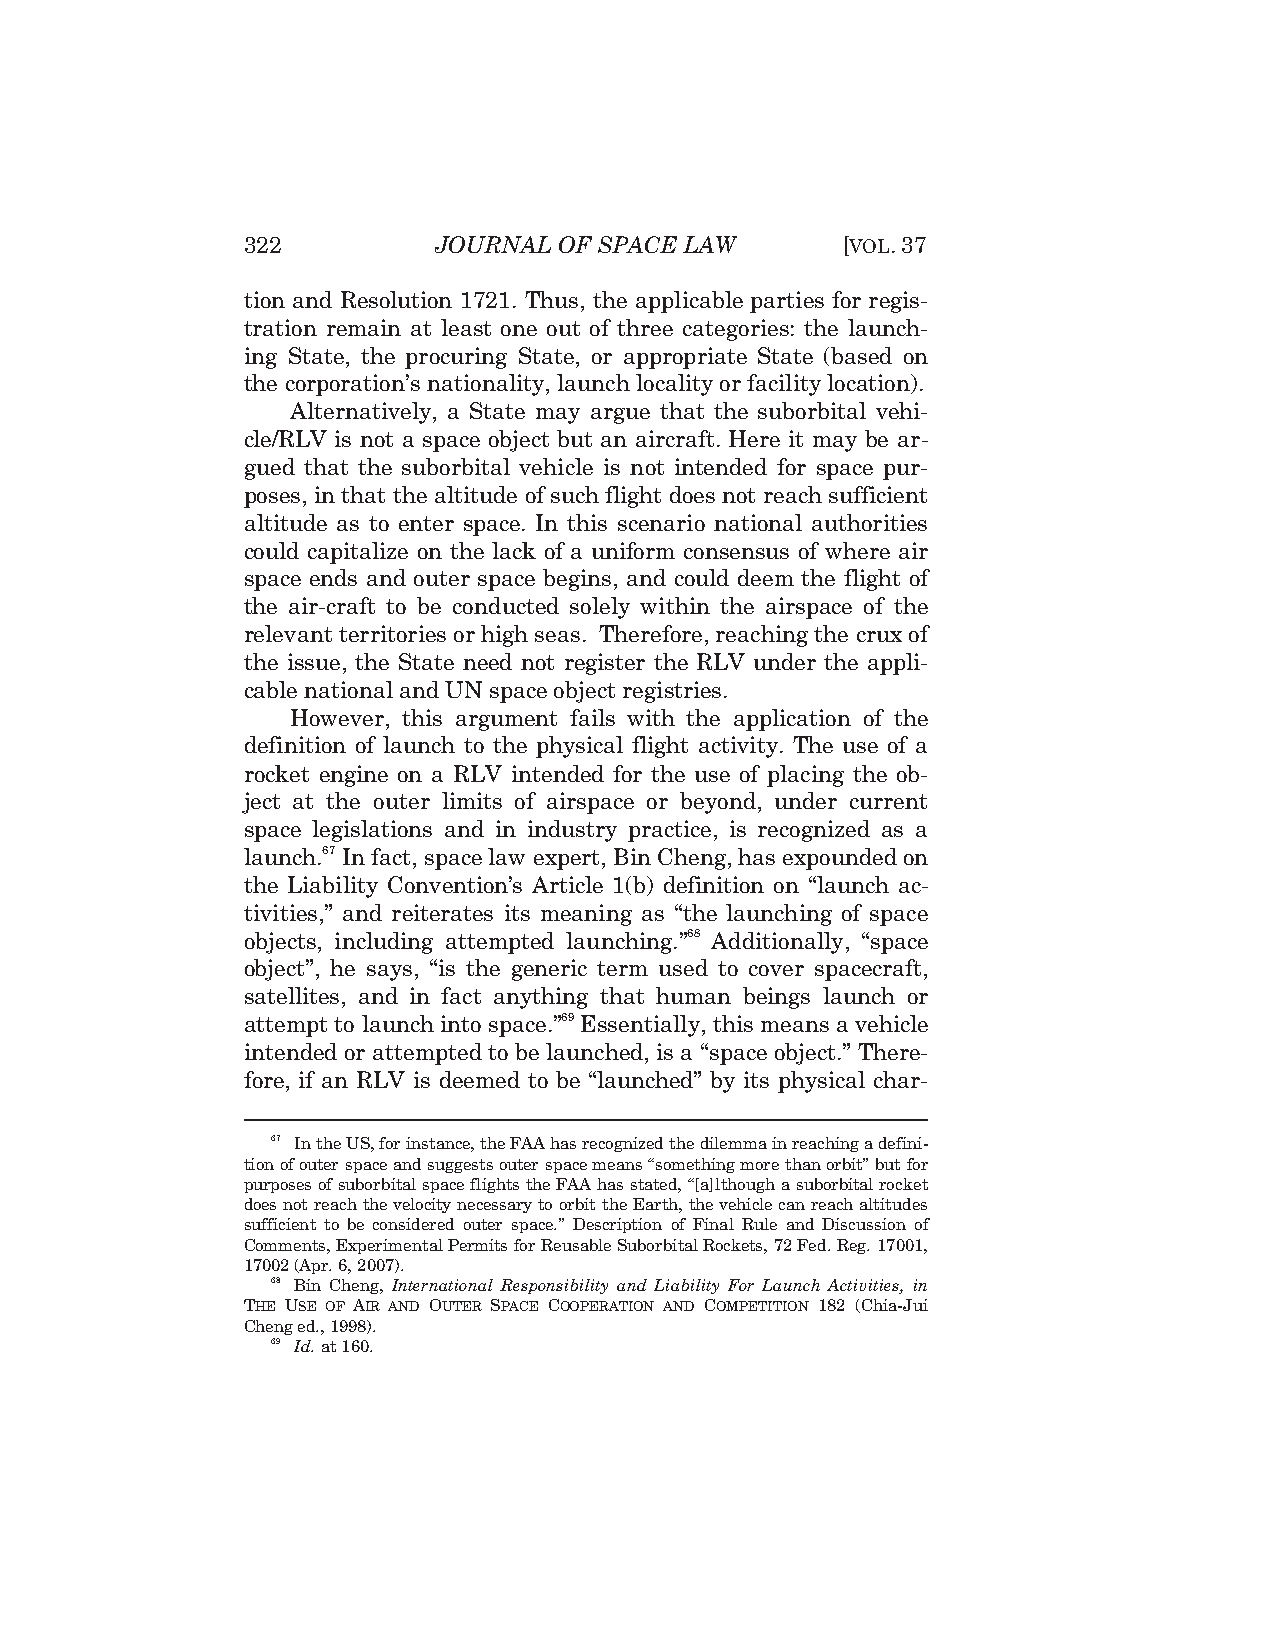
322          JOURNAL OF SPACE LAW       [VOL.37
 tion and Resolution 1721. Thus, the applicable parties for regis-
 tration remain at least one out of three categories: the launch-
 ing State, the procuring State, or appropriate State (based on
 the corporation’s nationality, launch locality or facility location).
 Alternatively, a State may argue that the suborbital vehi-
 cle/RLV is not a space object but an aircraft. Here it may be ar-
 gued that the suborbital vehicle is not intended for space pur-
 poses, in that the altitude of such flight does not reach sufficient
 altitude as to enter space. In this scenario national authorities
 could capitalize on the lack of a uniform consensus of where air
 space ends and outer space begins, and could deem the flight of
 the air-craft to be conducted solely within the airspace of the
 relevant territories or high seas. Therefore, reaching the crux of
 the issue, the State need not register the RLV under the appli-
 cable national and UN space object registries.
 However, this argument fails with the application of the
 definition of launch to the physical flight activity. The use of a
 rocket engine on a RLV intended for the use of placing the ob-
 ject at the outer limits of airspace or beyond, under current
 space legislations and in industry practice, is recognized as a
 launch.67 In fact, space law expert, Bin Cheng, has expounded on
 the Liability Convention’s Article 1(b) definition on “launch ac-
 tivities,” and reiterates its meaning as “the launching of space
 objects, including attempted launching.”68 Additionally, “space
 object”, he says, “is the generic term used to cover spacecraft,
 satellites, and in fact anything that human beings launch or
 attempt to launch into space.”69 Essentially, this means a vehicle
 intended or attempted to be launched, is a “space object.” There-
 fore, if an RLV is deemed to be “launched” by its physical char-
 67 In the US, for instance, the FAA has recognized the dilemma in reaching a defini-
 tion of outer space and suggests outer space means “something more than orbit” but for
 purposes of suborbital space flights the FAA has stated, “[a]lthough a suborbital rocket
 does not reach the velocity necessary to orbit the Earth, the vehicle can reach altitudes
 sufficient to be considered outer space.” Description of Final Rule and Discussion of
 Comments, Experimental Permits for Reusable Suborbital Rockets, 72 Fed. Reg. 17001,
 17002 (Apr. 6, 2007).
 68 Bin Cheng, International Responsibility and Liability For Launch Activities, in
 THE USE OF AIR AND OUTER SPACE COOPERATION AND COMPETITION 182 (Chia-Jui
 Cheng ed., 1998).
 69 Id. at 160.